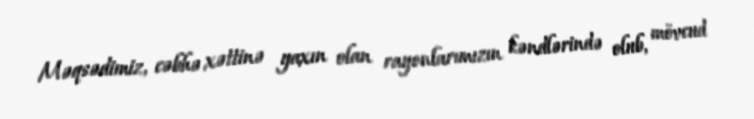
Məqsədimiz, cəbhə xəttinə yaxın olan rayonlarımızın kəndlərində olub, mövcud